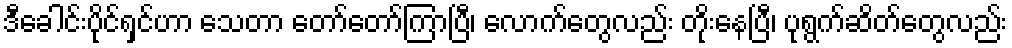
ဒီခေါင်းပိုင်ရှင်ဟာ သေတာ တော်တော်ကြာပြီ၊ လောက်တွေလည်း တိုးနေပြီ၊ ပုရွက်ဆိတ်တွေလည်း